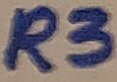
Text: R3